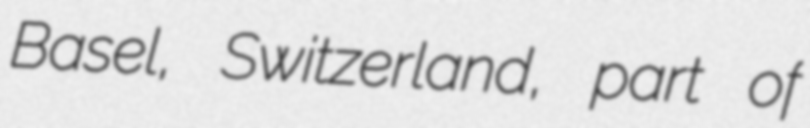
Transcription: Basel, Switzerland, part of